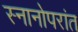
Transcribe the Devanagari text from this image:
स्नानोपरांत